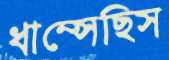
ধাম্‌সেছিস